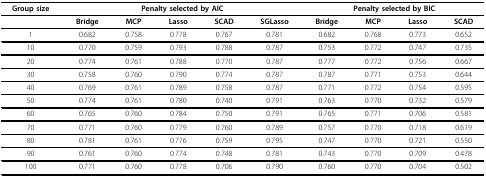
| Group size | <COLSPAN=5> Penalty selected by AIC | <COLSPAN=4> Penalty selected by BIC |
 | --- | --- | --- | --- | --- | --- | --- | --- | --- | --- |
 |  | Bridge | MCP | Lasso | SCAD | SGLasso | Bridge | MCP | Lasso | SCAD |
 | 1 | 0.682 | 0.758 | 0.778 | 0.767 | 0.781 | 0.682 | 0.768 | 0.773 | 0.652 |
 | 10 | 0.770 | 0.759 | 0.793 | 0.788 | 0.787 | 0.753 | 0.772 | 0.747 | 0.735 |
 | 20 | 0.774 | 0.761 | 0.788 | 0.770 | 0.787 | 0.777 | 0.772 | 0.756 | 0.667 |
 | 30 | 0.758 | 0.760 | 0.790 | 0.774 | 0.787 | 0.787 | 0.771 | 0.753 | 0.644 |
 | 40 | 0.769 | 0.761 | 0.789 | 0.758 | 0.787 | 0.771 | 0.772 | 0.754 | 0.595 |
 | 50 | 0.774 | 0.761 | 0.780 | 0.740 | 0.791 | 0.763 | 0.770 | 0.732 | 0.579 |
 | 60 | 0.765 | 0.760 | 0.784 | 0.750 | 0.791 | 0.765 | 0.771 | 0.706 | 0.581 |
 | 70 | 0.771 | 0.760 | 0.779 | 0.760 | 0.789 | 0.757 | 0.770 | 0.718 | 0.619 |
 | 80 | 0.781 | 0.761 | 0.776 | 0.759 | 0.795 | 0.747 | 0.770 | 0.721 | 0.550 |
 | 90 | 0.761 | 0.760 | 0.774 | 0.748 | 0.781 | 0.743 | 0.770 | 0.709 | 0.478 |
 | 100 | 0.771 | 0.760 | 0.778 | 0.706 | 0.790 | 0.760 | 0.770 | 0.704 | 0.502 |